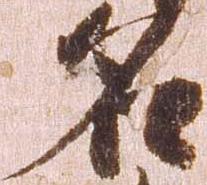
名